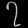
Digit: ၇